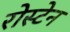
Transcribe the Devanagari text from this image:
रोस्टेन